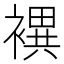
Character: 𧝀